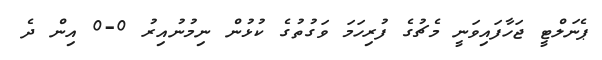
ޕެނަލްޓީ ޖަހާފައިވަނީ މެޗުގެ ފުރިހަމަ ވަގުތުގެ ކުޅުން ނިމުނުއިރު 0-0 އިން ދެ